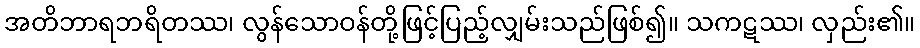
အတိဘာရဘရိတဿ၊ လွန်သောဝန်တို့ဖြင့်ပြည့်လျှမ်းသည်ဖြစ်၍။ သကဋဿ၊ လှည်း၏။